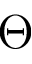
\Theta